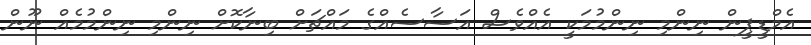
އެމްޑީޕީން ނިންމި ނިންމުމަކީ އެއްވެސް އަސާސެއްގެ މައްޗަށް ބިނާކޮށް ނިންމި ނިންމުމެއް ނޫން